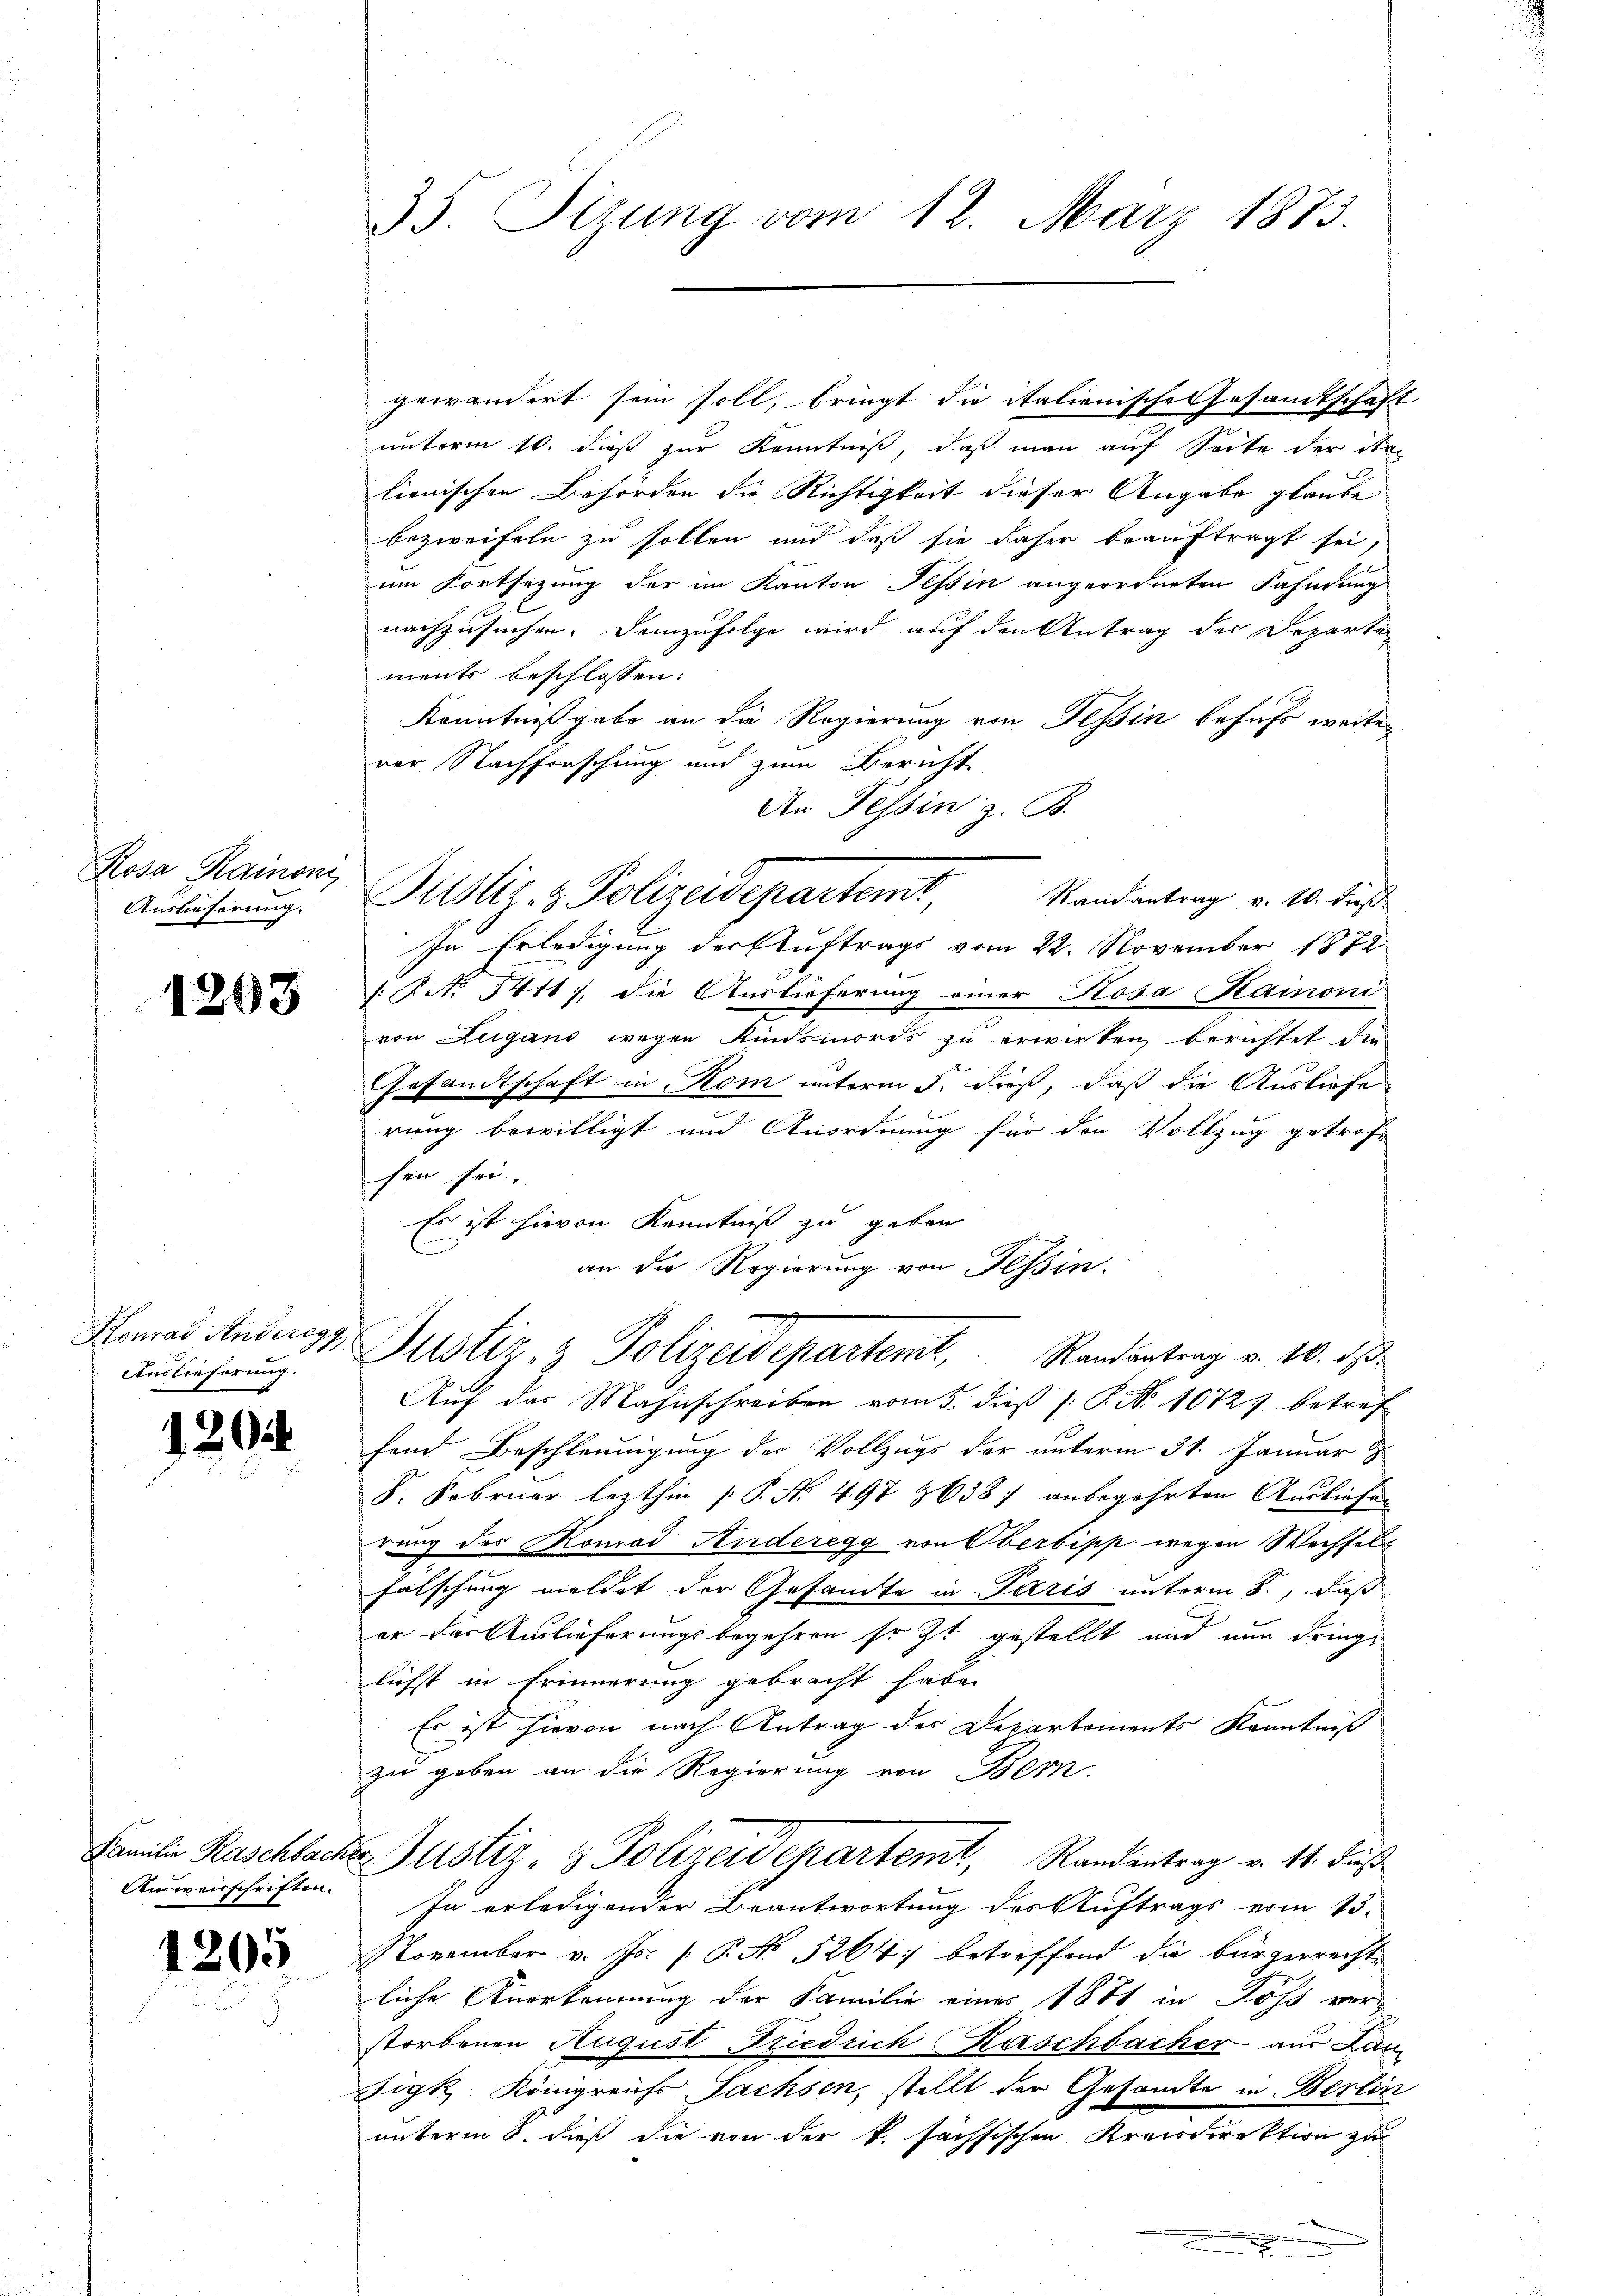
35. Sitzung vom 12. März 1873.

gewändert sein soll, bringt die italienische Gesandtschaft
unterm 10. dieß zur Kenntniß, daß man auf Seite der Stan
lienischen Behörden die Richtigkeit dieser Angabe glaube
bezweifeln zu sollen und daß sie daher beauftragt sei,
um Fortsezung der im Kanton Tessin angeordneten Fahndung
nachzusuchen. Demzufolge wird auf den Antrag der Departe
ments beschlossen:
Kenntnißgabe an die Regierung von Tessin behufs weiter
rer Nachforschung und zum Bericht
An Tessin z. B.
[No 5411), die Auslieferung einer Stosa Hainoni
von Lugano wegen Kindsmords zu erwirken berichtet die
Gesandtschaft in Rom unterm 5. dieß, daß die Ausliefe
rung bewilligt und Anordnung für den Vollzug getrofe
sein sei.
Es ist hievon Kenntniß zu geben
e
an die Regierung von Tessin.
Konas Anderes Justiz- & Polizeidepartemt, Randantrag v. 10. ds.
Auf das Mahnschreiben vom 5. dieß (: P. Nr. 10727 betref
fend Beschleunigung der Vollzugs der unterm 31. Januar z
F. Februar lezthin P. Nr. 497 8638) anbegehrten Ausliefung
rung des Konrad Anderegg von Oberbipp wegen Wechselfalschung meldet der Gesandte in Paris unterm 8., daß
er das Auslieferungsbegehren so zt gestellt und nun dringe
lichst in Erinnerung gebracht habe.
Es ist hievon nach Antrag des Departements Kenntniß
zu geben an die Regierung von Bern.
Familie Raschbachtes Justiz- & Polizeidepartemt, Randantrag v. 11. dieß
In erledigender Beantwortung des Auftrags vom 15.
November v. Js. (: P. No 5264) betreffend die bürgerrecht
liche Anerkennung der Familie eines 1881 in Joss verstorbenen August Friedrich Kaschbacher aus Lan
Zigk. Königreichs Sachsen, stellt der Gesandte in Berlin
unterm 8. dieß die von der k. sächsischen Kreisdirektion zu

Rosa Rainom,
Auslieferung.

Justiz- & Polizeidepartemt, Standentrag v. 10. dies
In Erledigung der Auftrags vom 22. November 1872

1263

Auslieferung.

1204.

Ausweisschriften.

1205